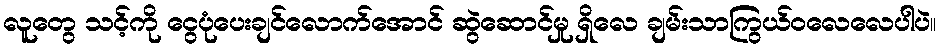
လူတွေ သင့်ကို ငွေပုံပေးချင်လောက်အောင် ဆွဲဆောင်မှု ရှိလေ ချမ်းသာကြွယ်ဝလေလေပါပဲ။